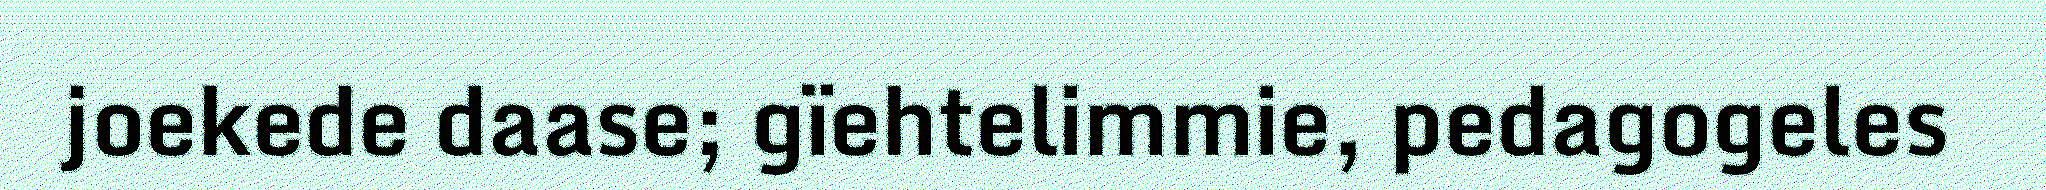
joekede daase; gïehtelimmie, pedagogeles